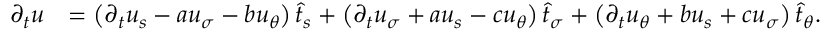
\begin{array} { r l } { \partial _ { t } u } & { = \left( \partial _ { t } u _ { s } - a u _ { \sigma } - b u _ { \theta } \right) \widehat { t } _ { s } + \left( \partial _ { t } u _ { \sigma } + a u _ { s } - c u _ { \theta } \right) \widehat { t } _ { \sigma } + \left( \partial _ { t } u _ { \theta } + b u _ { s } + c u _ { \sigma } \right) \widehat { t } _ { \theta } . } \end{array}